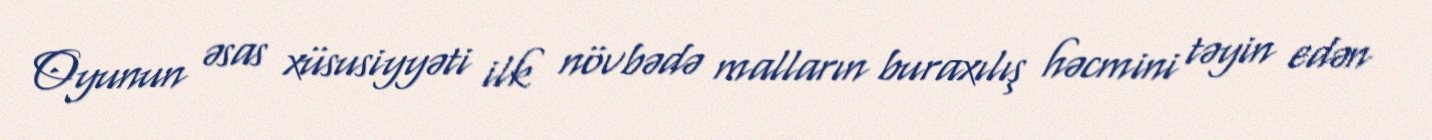
Oyunun əsas xüsusiyyəti ilk növbədə malların buraxılış həcmini təyin edən